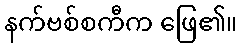
နက်ဗစ်စကီက ဖြေ၏။